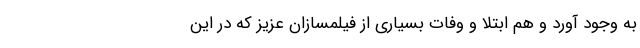
به وجود آورد و هم ابتلا و وفات بسیاری از فیلمسازان عزیز که در این